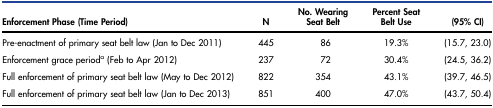
| Enforcement Phase (Time Period) | N | No. Wearing Seat Belt | Percent Seat Belt Use | (95% CI) |
 | --- | --- | --- | --- | --- |
 | Pre-enactment of primary seat belt law (Jan to Dec 2011) | 445 | 86 | 19.3% | (15.7, 23.0) |
 | Enforcement grace perioda (Feb to Apr 2012) | 237 | 72 | 30.4% | (24.5, 36.2) |
 | Full enforcement of primary seat belt law (May to Dec 2012) | 822 | 354 | 43.1% | (39.7, 46.5) |
 | Full enforcement of primary seat belt law (Jan to Dec 2013) | 851 | 400 | 47.0% | (43.7, 50.4) |